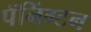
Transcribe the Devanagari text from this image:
पॅनिंग्टन